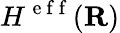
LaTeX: H^{\mathrm{~e~f~f~}}({\mathbf{R}})